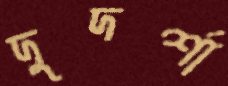
দুদর্শা